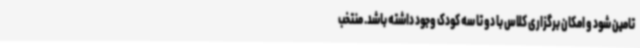
تامین شود و امکان برگزاری کلاس با دو تا سه کودک وجود داشته باشد. منتخب